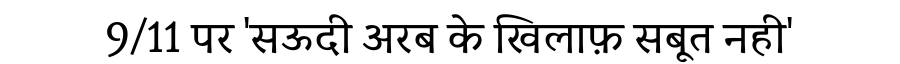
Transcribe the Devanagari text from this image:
9/11 पर 'सऊदी अरब के खिलाफ़ सबूत नही'